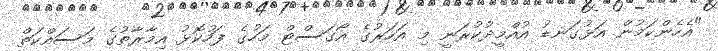
"އެހެންކަމުން އަޅުގަނޑު އުއްމީދުކުރަނީ މި އަހަރުގެ އޯގަސްޓް މަހުގެ ފަހުކޮޅު އިމާރާތުގެ މަސައްކަތް